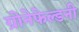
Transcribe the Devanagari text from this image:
ग्रोनेफेल्डनी